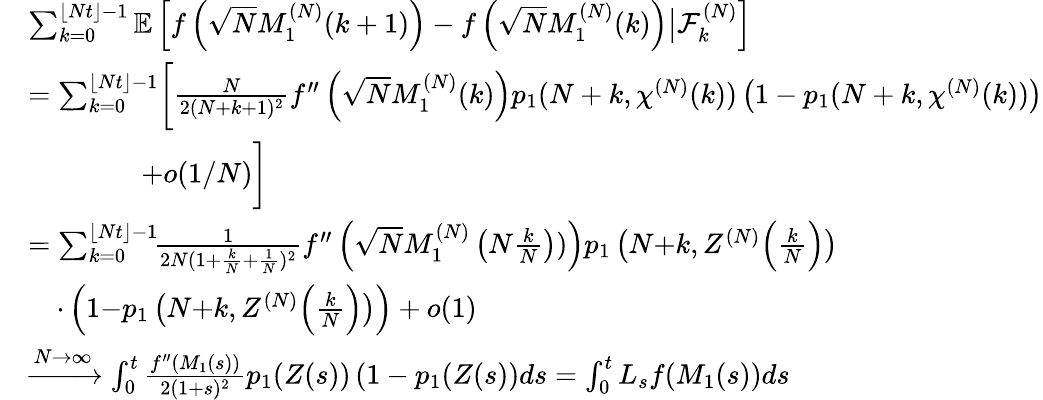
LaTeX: \begin{array}{rl}&{\sum_{k=0}^{\lfloor Nt\rfloor-1}\mathbb{E}\left[f\left(\sqrt{N}M_{1}^{(N)}(k+1)\right)-f\left(\sqrt{N}M_{1}^{(N)}(k)\right)\big|\mathcal{F}_{k}^{(N)}\right]}\\ &{=\sum_{k=0}^{\lfloor Nt\rfloor-1}\biggl[\frac{N}{2(N+k+1)^{2}}f^{\prime\prime}\left(\sqrt{N}M_{1}^{(N)}(k)\right)p_{1}(N+k,\chi^{(N)}(k))\left(1-p_{1}(N+k,\chi^{(N)}(k))\right)}\\ &{\qquad\qquad+o(1/N)\biggr]}\\ &{=\sum_{k=0}^{\lfloor Nt\rfloor-1}\! \! \frac{1}{2N(1+\frac{k}{N}+\frac{1}{N})^{2}}f^{\prime\prime}\left(\sqrt{N}M_{1}^{(N)}\left(N\frac{k}{N}\right))\right)p_{1}\left(N{+}k,Z^{(N)}\Big(\frac{k}{N}\Big)\right)}\\ &{\quad\cdot\left(1{-}p_{1}\left(N{+}k,Z^{(N)}\Big(\frac{k}{N}\Big)\right)\right)+o(1)}\\ &{\xrightarrow{N\to\infty}\int_{0}^{t}\frac{f^{\prime\prime}(M_{1}(s))}{2(1+s)^{2}}p_{1}(Z(s))\left(1-p_{1}(Z(s)\right)ds=\int_{0}^{t}L_{s}f(M_{1}(s))ds}\end{array}